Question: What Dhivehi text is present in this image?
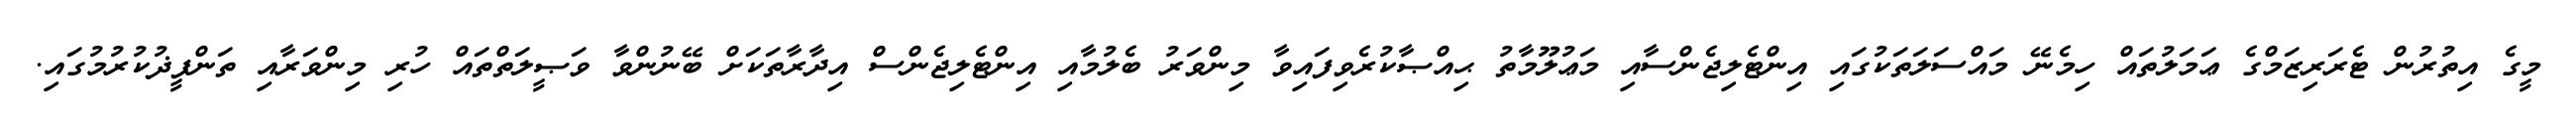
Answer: މީގެ އިތުރުން ޓެރަރިޒަމްގެ ޢަމަލުތައް ހިމެނޭ މައްސަލަތަކުގައި އިންޓެލިޖެންސާއި މަޢުލޫމާތު ޙިއްޞާކުރެވިފައިވާ މިންވަރު ބެލުމާއި އިންޓެލިޖެންސް އިދާރާތަކަށް ބޭނުންވާ ވަޞީލަތްތައް ހުރި މިންވަރާއި ތަންފީޛުކުރުމުގައި.